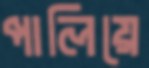
পালিয়ে